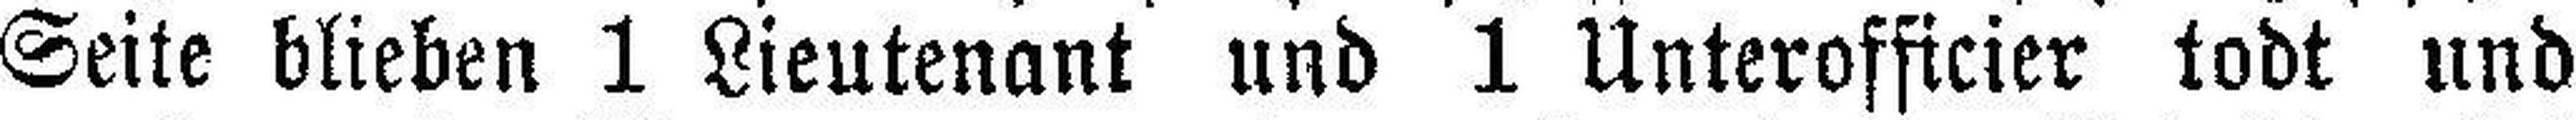
Seite blieben 1 Lieutenant und 1 Unterofficier todt und